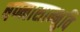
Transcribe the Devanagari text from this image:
षण्मासान्भुवि